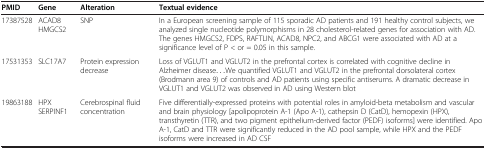
<table><thead><tr><td><b>PMID</b></td><td><b>Gene</b></td><td><b>Alteration</b></td><td><b>Textual evidence</b></td></tr></thead><tbody><tr><td>17387528</td><td>ACAD8 HMGCS2</td><td>SNP</td><td>In a European screening sample of 115 sporadic AD patients and 191 healthy control subjects, we analyzed single nucleotide polymorphisms in 28 cholesterol-related genes for association with AD. The genes HMGCS2, FDPS, RAFTLIN, ACAD8, NPC2, and ABCG1 were associated with AD at a significance level of P &lt; or = 0.05 in this sample.</td></tr><tr><td>17531353</td><td>SLC17A7</td><td>Protein expression decrease</td><td>Loss of VGLUT1 and VGLUT2 in the prefrontal cortex is correlated with cognitive decline in Alzheimer disease...We quantified VGLUT1 and VGLUT2 in the prefrontal dorsolateral cortex (Brodmann area 9) of controls and AD patients using specific antiserums. A dramatic decrease in VGLUT1 and VGLUT2 was observed in AD using Western blot</td></tr><tr><td>19863188</td><td>HPX SERPINF1</td><td>Cerebrospinal fluid concentration</td><td>Five differentially-expressed proteins with potential roles in amyloid-beta metabolism and vascular and brain physiology [apolipoprotein A-1 (Apo A-1), cathepsin D (CatD), hemopexin (HPX), transthyretin (TTR), and two pigment epithelium-derived factor (PEDF) isoforms] were identified. Apo A-1, CatD and TTR were significantly reduced in the AD pool sample, while HPX and the PEDF isoforms were increased in AD CSF</td></tr></tbody></table>